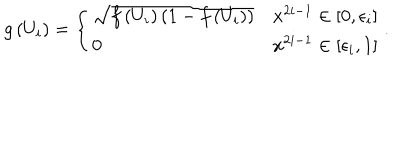
LaTeX: g \left( U _ { i } \right) = \left\{ \begin{array} { l l } { { \sqrt { f \left( U _ { i } \right) \left( 1 - f \left( U _ { i } \right) \right) } } } & { { x ^ { 2 i - 1 } \in \left[ 0 , \epsilon _ { i } \right] } } \\ { { 0 } } & { { x ^ { 2 i - 1 } \in \left[ \epsilon _ { i } , 1 \right] } } \\ \end{array} \right. .